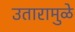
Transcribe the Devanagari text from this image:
उतारामुळे